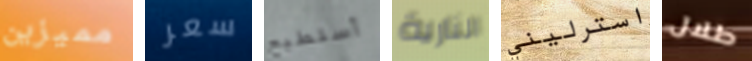
مميزين سعر أستطيع النارية استرليني طلال